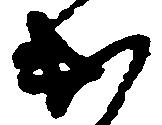
出